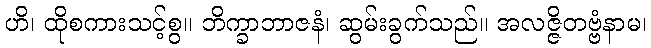
ဟိ၊ ထိုစကားသင့်စွ။ ဘိက္ခာဘာဇနံ၊ ဆွမ်းခွက်သည်။ အလဇ္ဇိတဗ္ဗံနာမ၊